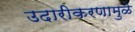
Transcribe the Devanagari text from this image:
उदारीकरणामुळे